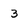
Character: 3